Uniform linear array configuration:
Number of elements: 4
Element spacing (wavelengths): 1
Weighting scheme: hann
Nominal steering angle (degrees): -45
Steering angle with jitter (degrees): -44.303
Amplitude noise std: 0.05
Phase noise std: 0.05

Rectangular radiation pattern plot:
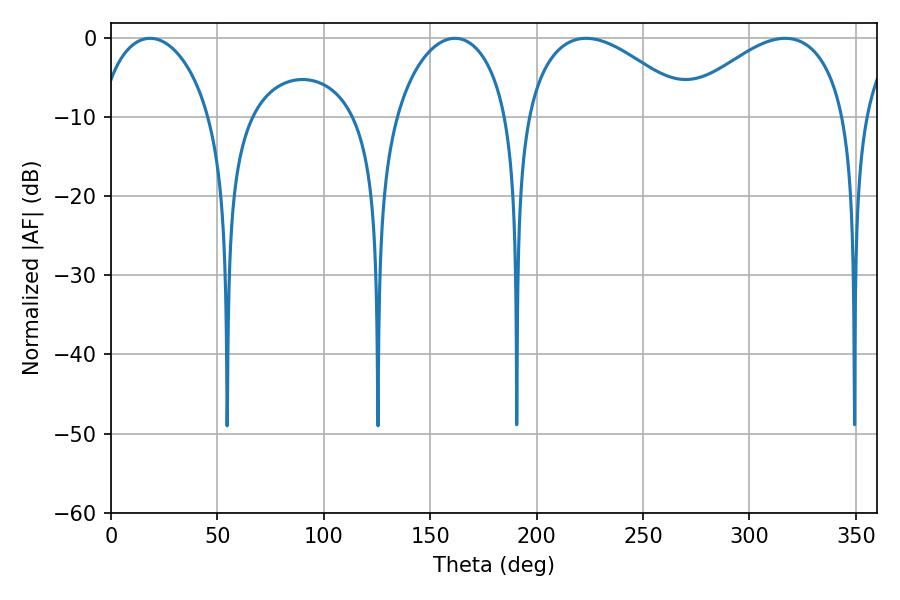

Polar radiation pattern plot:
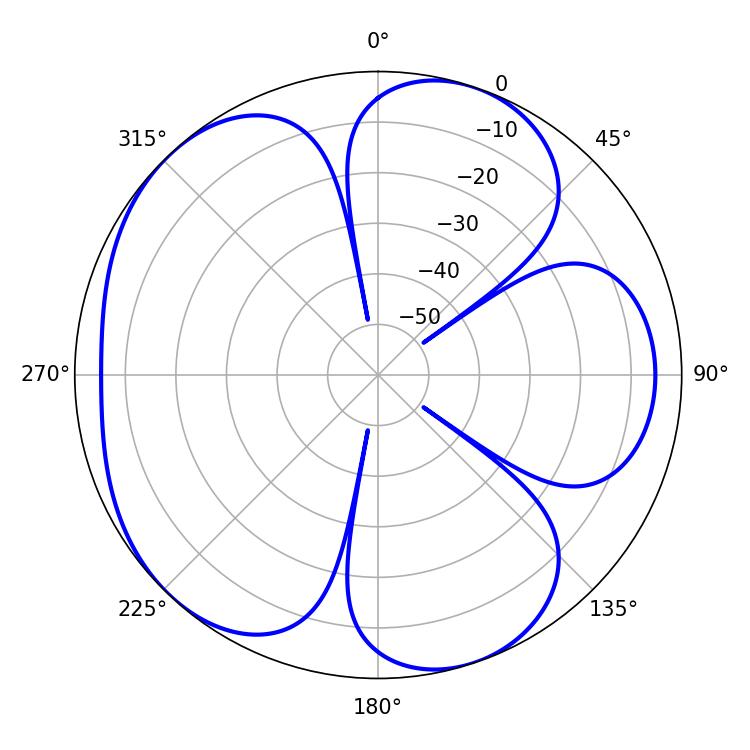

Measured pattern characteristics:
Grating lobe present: TRUE
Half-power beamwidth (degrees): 30.6
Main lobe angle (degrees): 18.36